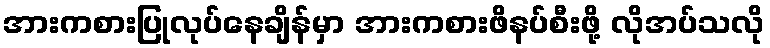
အားကစားပြုလုပ်နေချိန်မှာ အားကစားဖိနပ်စီးဖို့ လိုအပ်သလို